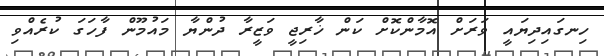
ހިނގައިދިޔައީ ވަރަށް އޮމާންކޮށް ކަން ޚާރިޖީ ވަޒީރާ ދުންޔާ މައުމޫން ފާހަގަ ކުރެއްވި